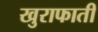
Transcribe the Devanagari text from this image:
खुराफाती